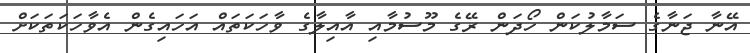
އޭނާ ޖަނާގެ ސަމާލުކަން ހޯދަން ރޭގެ މޫސުމާއި އާއިލާގެ ވާހަކަތައް އަހައިގެން އެވާހަކަތަކަށް